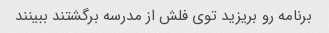
برنامه رو بریزید توی فلش از مدرسه برگشتند ببینند